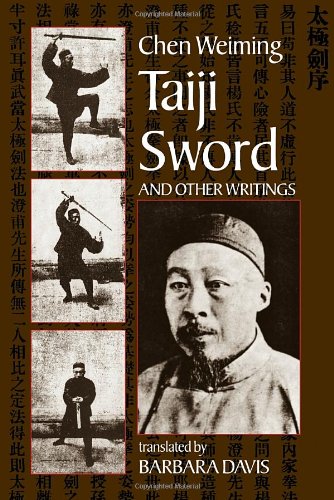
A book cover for Taiji Sword and Other Writings; Chen Wei-Ming; Sports & Outdoors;